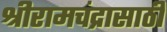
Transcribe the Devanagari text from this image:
श्रीरामचंद्रासाठी